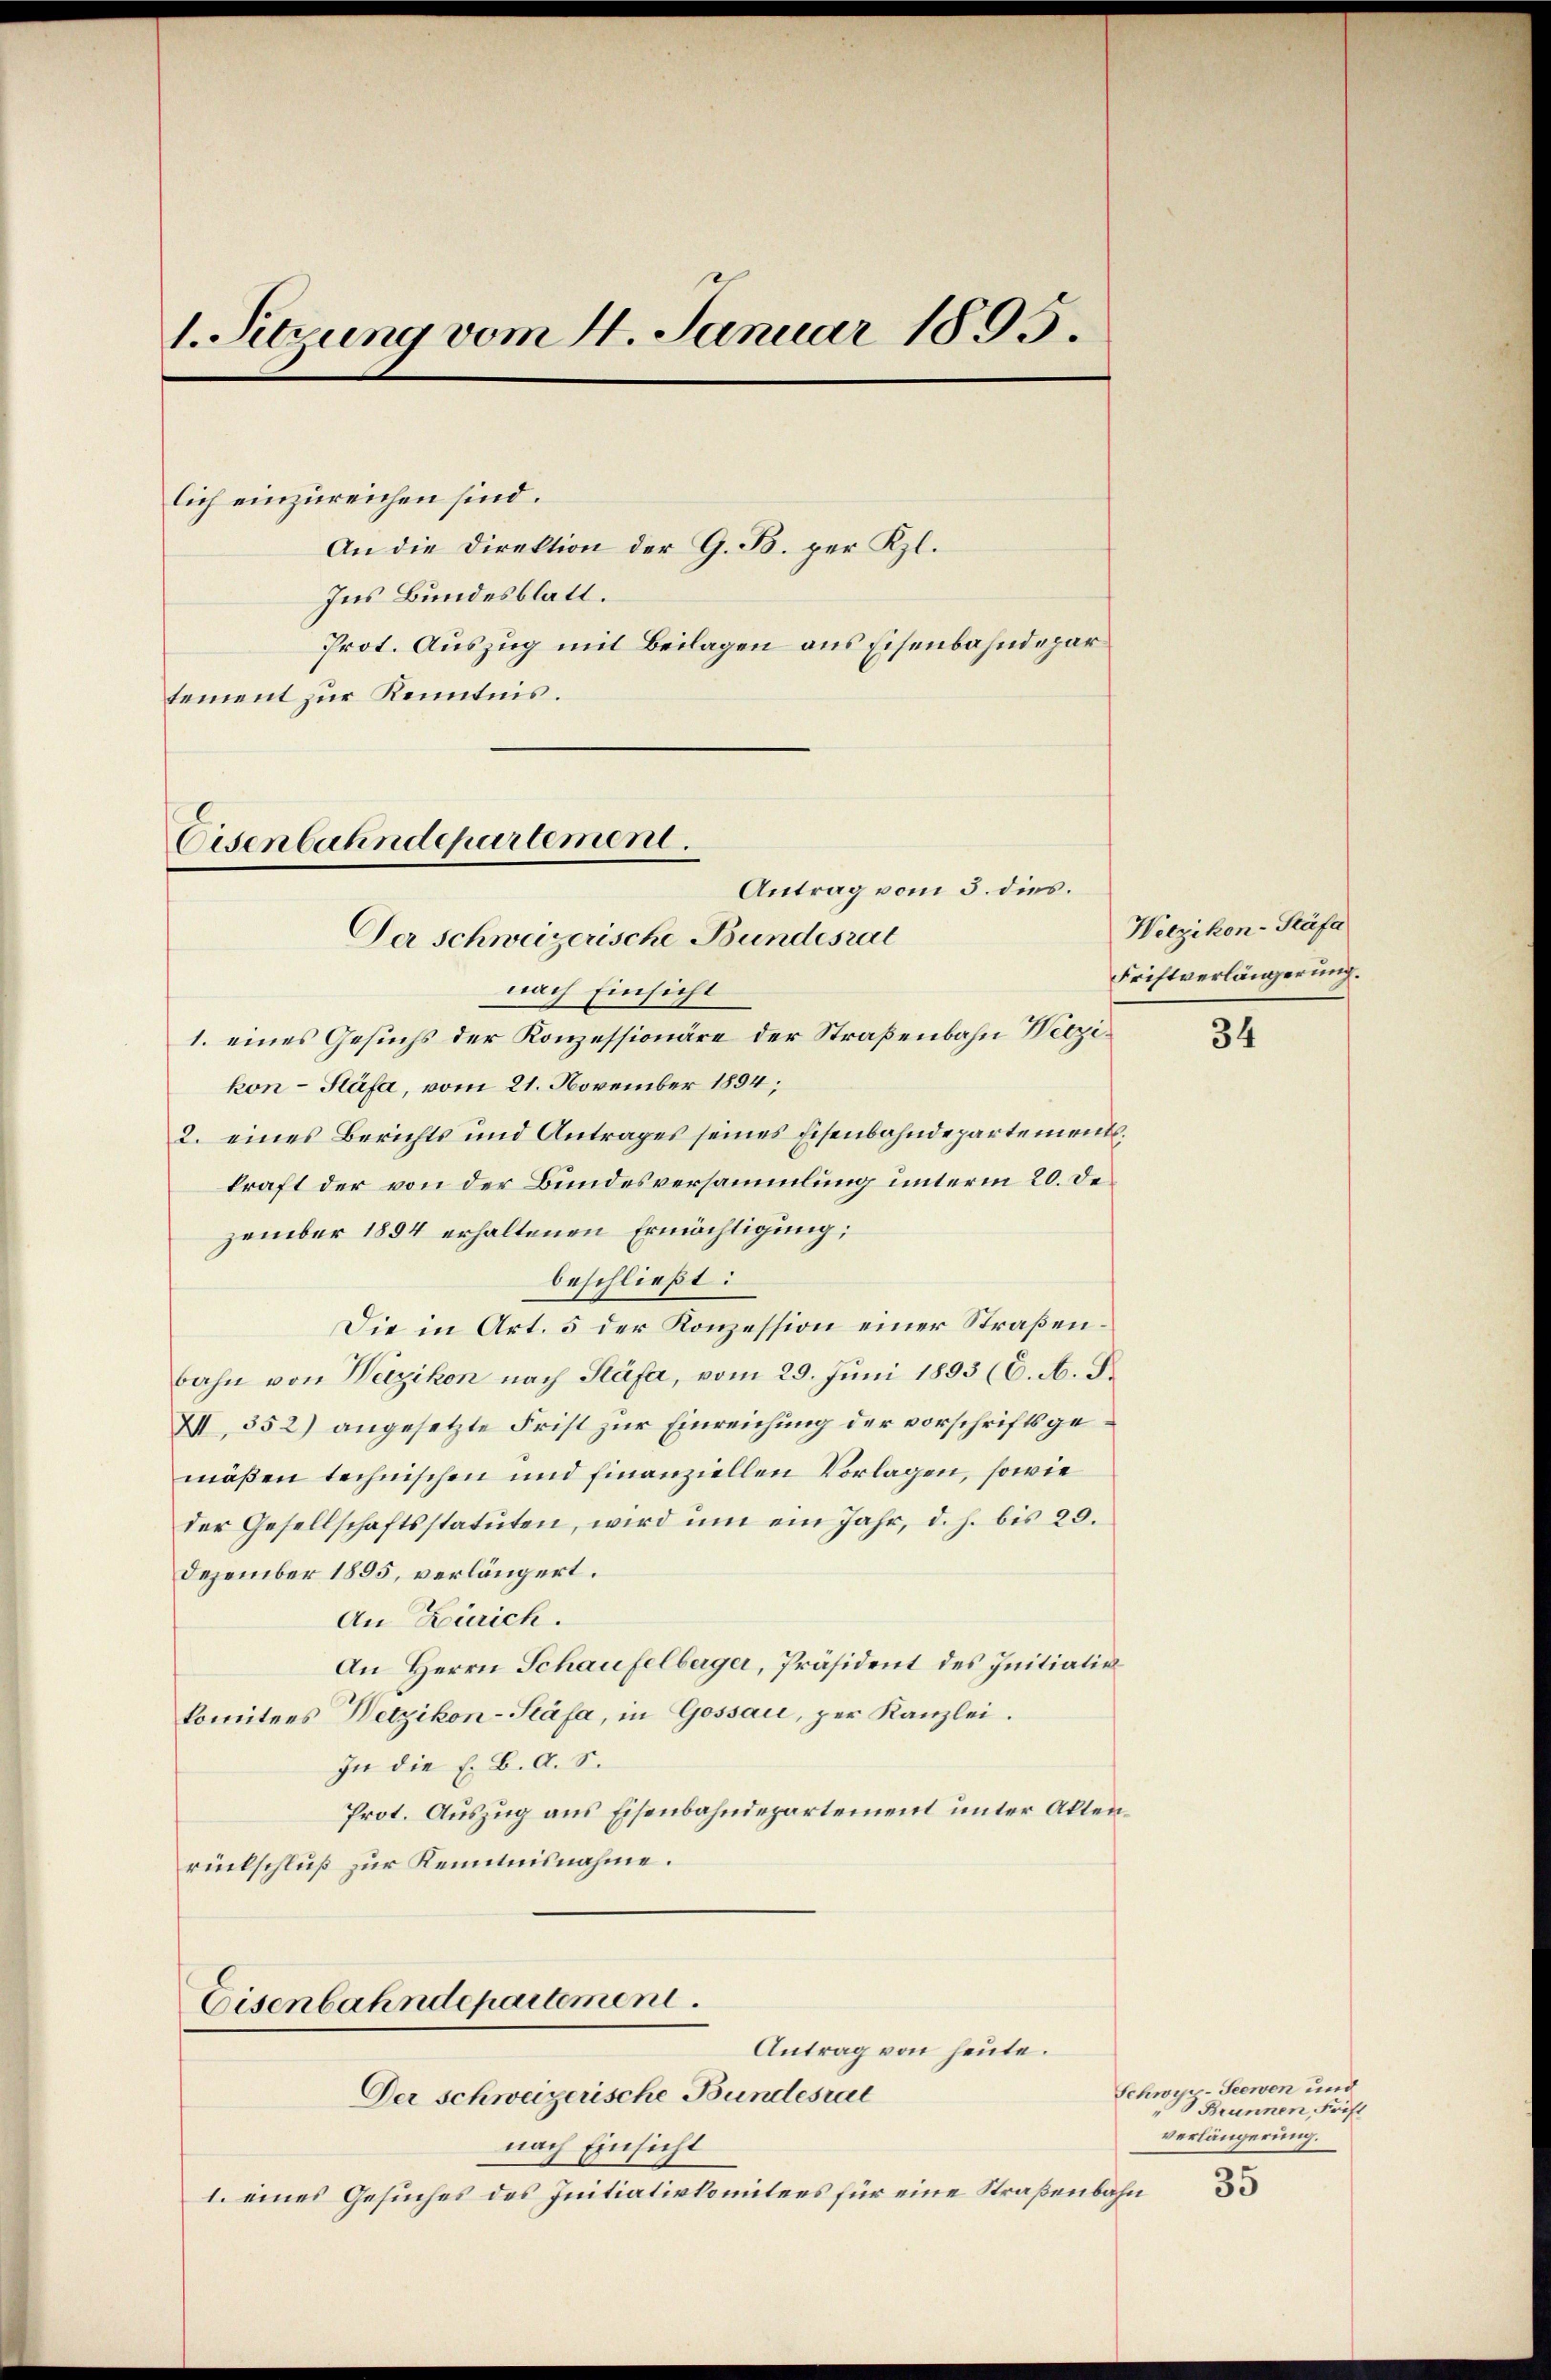
1. Sitzung vom 4. Januar 1895.
lich einzureichen sind.
An die Direktion der G. B. per Kl.
Ins Bundesblatt.
Prot. Auszug mit Beilagen aus Eisenbahndepar
tement zur Kenntnis.

Cisenbahndepartement.
Antrag vom 5. dies.
Der Schweizerische Bundesrat

nach Einsicht
1. eines Gesuchs der Konzessionäre der Straßenbahn Wetzikon-Stäfa, vom 21. November 1894;
2. eines Berichts und Antrages seines Eisenbahndepartementl.
kraft der von der Bundesversammlung unterm 20. Dezember 1894 erhaltenen Ermächtigung;
beschließt:
Die in Art. 5 der Konzession einer Straßenbahn von Wetzikon nach Stäfa, vom 29. Juni 1893 (C. A. S.
III, 352) angesetzte Frist zur Einreichung der vorschriftsgemäßen technischen und finanziellen Vorlagen, sowie
der Gesellschaftsstatuten, wird ŭm ein Jahr, d. h. bis 20.
Dezember 1895, verlängert.
An Zürich.
An Herrn Schaufelberger, Präsident des Initiativ
komitees Wetzikon-Stäfa, in Gossau, per Kanzlei.
In die E. B. A. S.
Prot. Auszug aus Eisenbahndepartement unter Aktenrückschluß zur Kenntnisnahme.

Eisenbahndepartement.
Antrag von heute.

Der schweizerische Bundesrat
nach Einsicht
I. eines Gesuches des Initiativkomitees für eine Straßenbahn

Wetzikon-Stäfa
Friftverlängerung.

34

Schwyr-Seewen und
Brunnen, Frist
verlängerung.
35